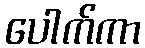
ပေါက်ကာ